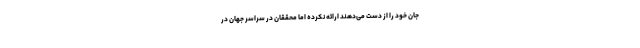
جان خود را از دست می‌دهند ارائه نکرده اما محققان در سراسر جهان در